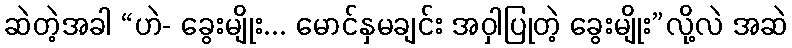
ဆဲတဲ့အခါ “ဟဲ- ခွေးမျိုး... မောင်နှမချင်း အဝှါပြုတဲ့ ခွေးမျိုး”လို့လဲ အဆဲ